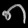
Digit: ၈